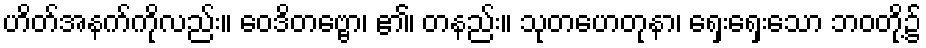
ဟိတ်အနက်ကိုလည်း။ ဝေဒိတဗ္ဗော၊ ၏၊ တနည်း။ သုတဟေတုနာ၊ ရှေးရှေးသော ဘဝတို့၌